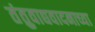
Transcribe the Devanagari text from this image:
तंतुवाद्यवादनाच्या